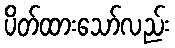
ပိတ်ထားသော်လည်း